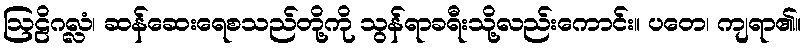
ဩဠိဂလ္လံ၊ ဆန်ဆေးရေစသည်တို့ကို သွန်ရာခရီးသို့လည်းကောင်း။ ပတေ၊ ကျရာ၏။